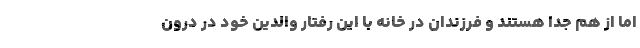
اما از هم جدا هستند و فرزندان در خانه با این رفتار والدین خود در درون